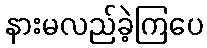
နားမလည်ခဲ့ကြပေ